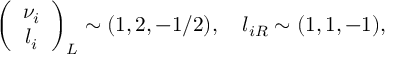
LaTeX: \left( \begin{array} { c } { { \nu _ { i } } } \\ { { l _ { i } } } \end{array} \right) _ { L } \sim ( 1 , 2 , - 1 / 2 ) , ~ ~ ~ l _ { i R } \sim ( 1 , 1 , - 1 ) ,